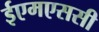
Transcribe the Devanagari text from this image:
ईएमएससी